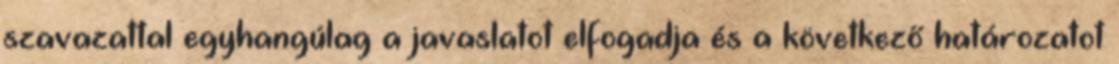
szavazattal egyhangúlag a javaslatot elfogadja és a következő határozatot